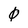
Character: 0